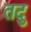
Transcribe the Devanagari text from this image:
तदु